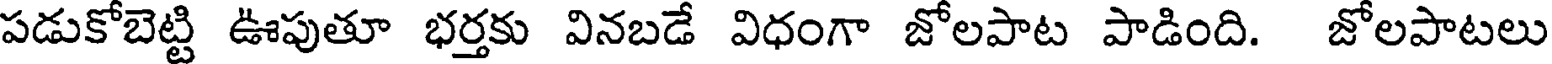
పడుకోబెట్టి ఊపుతూ భర్తకు వినబడే విధంగా జోలపాట పాడింది. జోలపాటలు